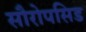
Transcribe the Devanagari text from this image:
सौरोपसिड